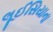
લૂઈસિયાના